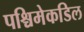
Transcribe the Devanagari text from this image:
पश्चिमेकडिल